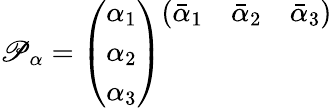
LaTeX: \mathscr{P}_{\alpha}=\left(\begin{array}{c}{{\alpha_{1}}}\\ {{\alpha_{2}}}\\ {{\alpha_{3}}}\end{array}\right)\begin{array}{ccc}{{(\bar{\alpha}_{1}}}&{{\bar{\alpha}_{2}}}&{{\bar{\alpha}_{3})}}\\ {{}}&{{}}&{{}}\\ {{}}&{{}}&{{}}\end{array}